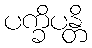
ပက္ခိပန္တိ